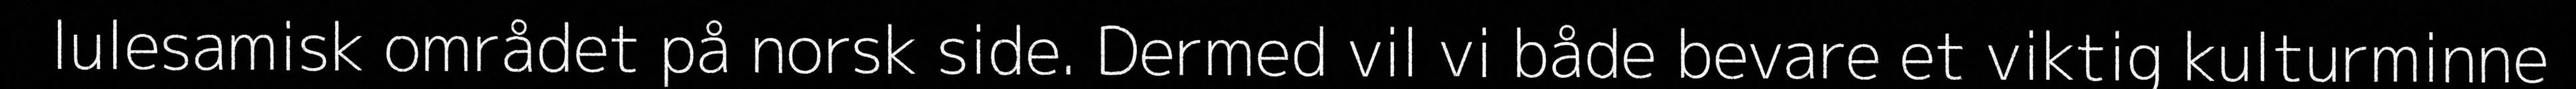
lulesamisk området på norsk side. Dermed vil vi både bevare et viktig kulturminne